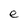
Character: e